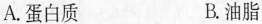
A.蛋白质 B.油脂